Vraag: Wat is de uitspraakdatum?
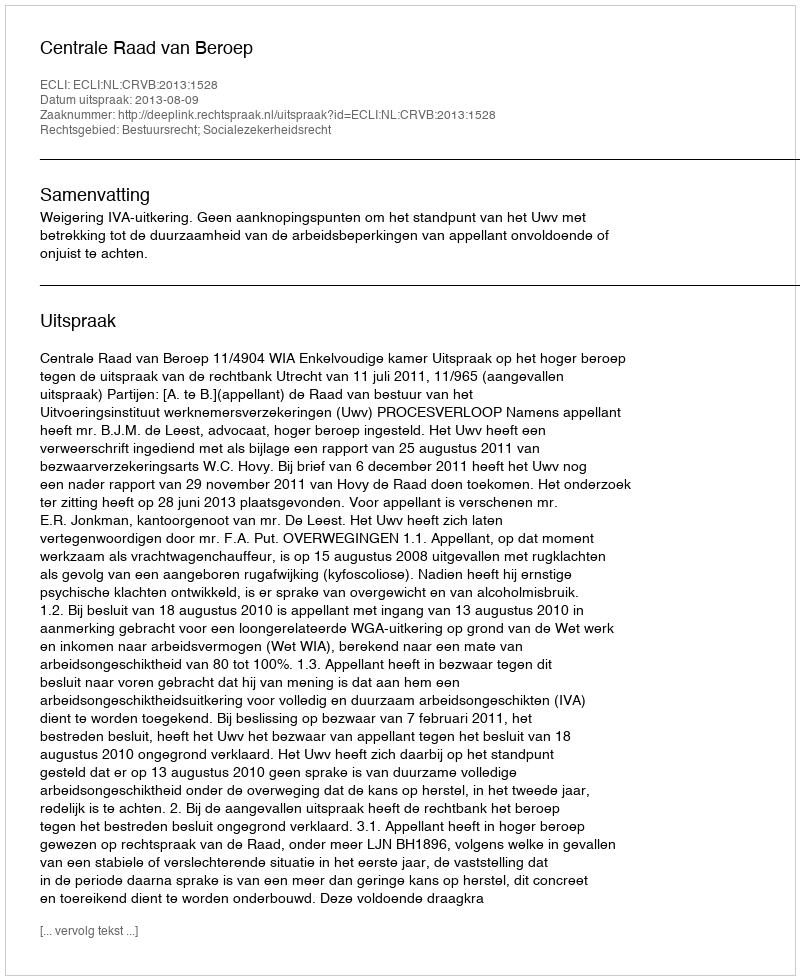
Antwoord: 2013-08-09